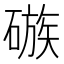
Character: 䃚